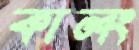
কালং